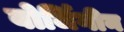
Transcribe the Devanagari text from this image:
बोर्जिगीन